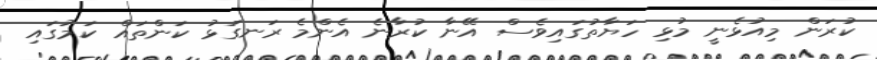
ކުރަން މިއުޅެނީ މުޅި ހަޔާތުގައިވެސް އޭނާ ކުރާނެ އެންމެ ރަނގަޅު ކަންތައް ކަމުގައި